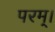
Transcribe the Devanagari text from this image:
परम्‌।